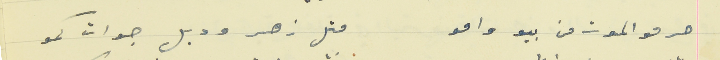
حرمو الموت من بيو وامو                                      متل زهر ودبل جوات كمو